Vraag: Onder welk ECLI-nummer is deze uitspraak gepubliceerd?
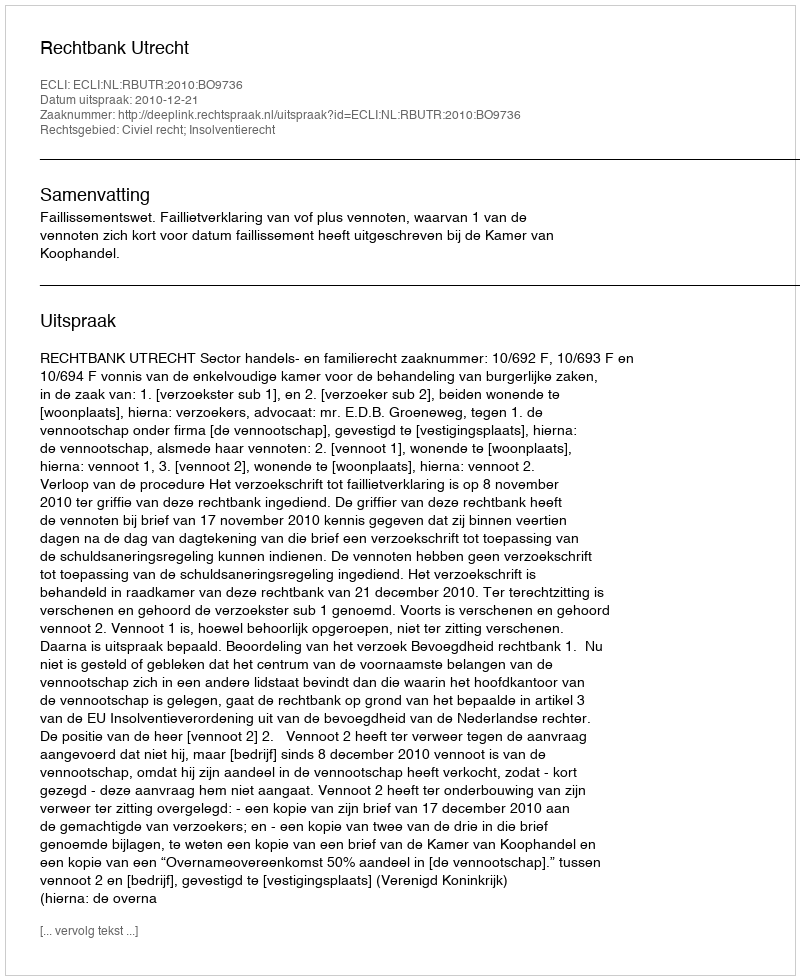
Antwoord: ECLI:NL:RBUTR:2010:BO9736